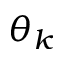
\theta _ { k }